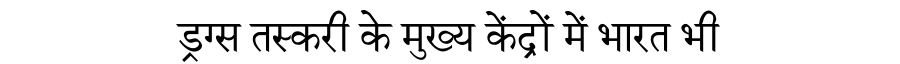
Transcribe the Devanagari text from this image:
ड्रग्स तस्करी के मुख्य केंद्रों में भारत भी